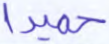
حميدا